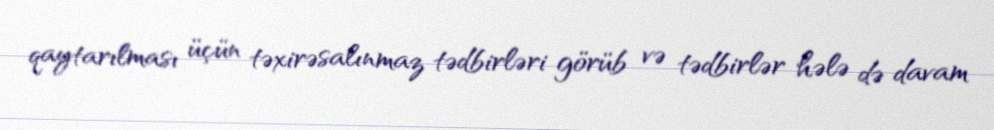
qaytarılması üçün təxirəsalınmaz tədbirləri görüb və tədbirlər hələ də davam